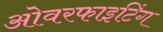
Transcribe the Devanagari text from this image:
ओवरफाइटिंग